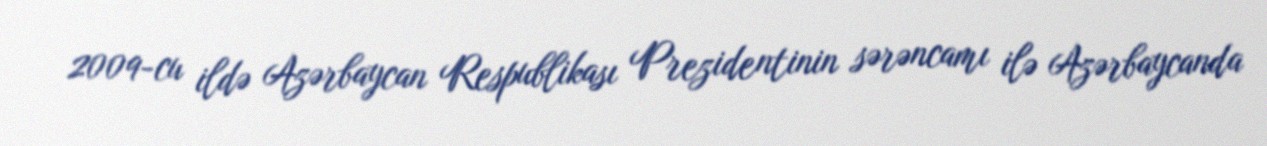
2009-cu ildə Azərbaycan Respublikası Prezidentinin sərəncamı ilə Azərbaycanda